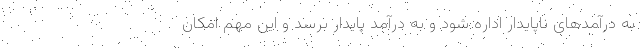
به درآمدهای ناپایدار اداره شود و به درآمد پایدار برسد و این مهم امکان